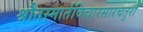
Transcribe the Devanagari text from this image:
श्रौतस्मार्तविचारसारचतुरो